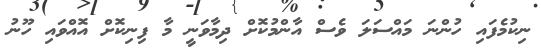
ނިކުމެފައި ހުންނަ މައްސަލަ ވެސް އާންމުކޮށް ދިމާވަނީ މާ ފިނިކޮށް އޮއްވައި ހޫނު